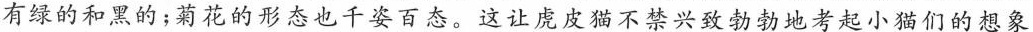
有绿的和黑的；菊花的形态也千姿百态。这让虎皮猫不禁兴致勃勃地考起小猫们的想象